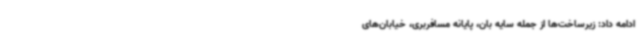
ادامه داد: زیرساخت‌ها از جمله سایه بان، پایانه مسافربری، خیابان‌های